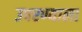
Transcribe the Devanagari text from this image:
उपरण्याला